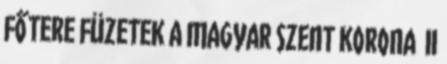
FŐTERE FÜZETEK A MAGYAR SZENT KORONA II